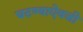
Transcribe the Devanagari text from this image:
घटण्याऐवजी